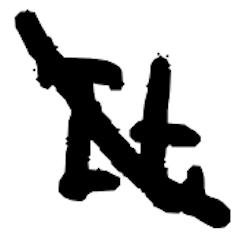
Text: It
Cross-out: diagonal
Writing tool: digital_black